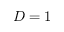
D = 1